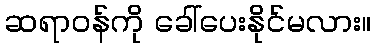
ဆရာဝန်ကို ခေါ်ပေးနိုင်မလား။